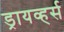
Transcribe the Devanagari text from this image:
ड्रायव्हर्स